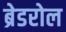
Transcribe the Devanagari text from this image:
ब्रेडरोल